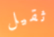
ثقيل